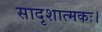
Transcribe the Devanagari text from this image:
सादृशात्मकः।